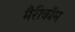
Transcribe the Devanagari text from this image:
मैरीकॉम